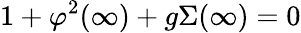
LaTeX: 1+\varphi^{2}(\infty)+g\Sigma(\infty)=0